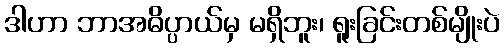
ဒါဟာ ဘာအဓိပ္ပာယ်မှ မရှိဘူး၊ ရူးခြင်းတစ်မျိုးပဲ